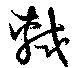
軾